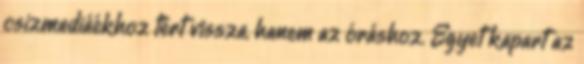
csizmadiáékhoz tért vissza, hanem az óráshoz. Egyet kapart az